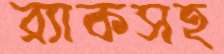
ব্র্যাকসহ